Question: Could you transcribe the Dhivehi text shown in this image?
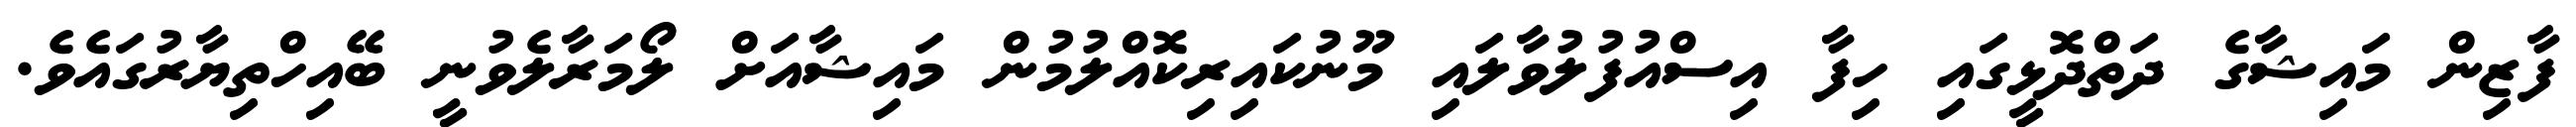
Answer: ފާޒިން މައިޝާގެ ދަތްދޮޅީގައި ހިފާ އިސްއުފުލުވާލައި މޫނުކައިރިކޮއްލުމުން މައިޝާއަށް ލޯމަރާލެވުނީ ބޭއިހްތިޔާރުގައެވެ.